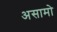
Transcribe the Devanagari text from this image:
असामो